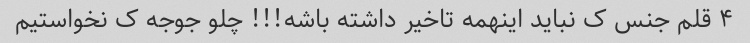
۴ قلم جنس ک نباید اینهمه تاخیر داشته باشه!!! چلو جوجه ک نخواستیم